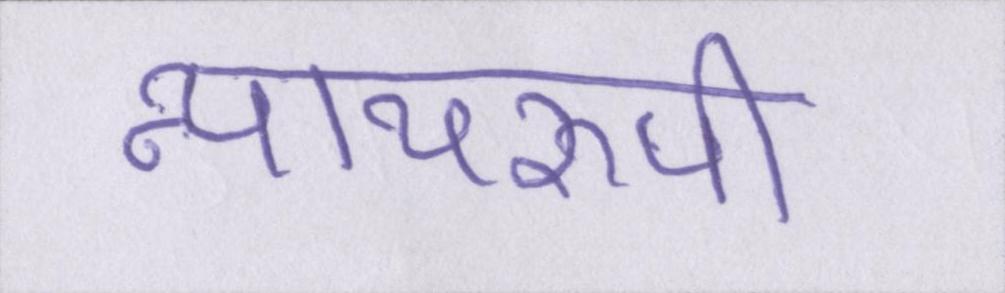
न्यायरूपी